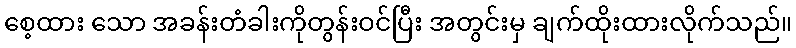
စေ့ထား သော အခန်းတံခါးကိုတွန်းဝင်ပြီး အတွင်းမှ ချက်ထိုးထားလိုက်သည်။